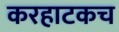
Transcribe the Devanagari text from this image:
करहाटकच